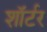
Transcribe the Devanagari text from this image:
शॉर्टर